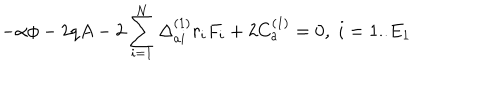
LaTeX: - \alpha \phi - 2 q A - 2 \sum _ { i = 1 } ^ { N } \Delta _ { a i } ^ { ( 1 ) } r _ { i } F _ { i } + 2 C _ { a } ^ { ( 1 ) } = 0 , \; i = 1 . . E _ { 1 }